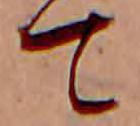
て